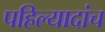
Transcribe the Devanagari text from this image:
पहिल्यादांच